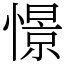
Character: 憬